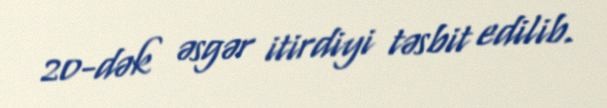
20-dək əsgər itirdiyi təsbit edilib.